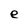
Character: e